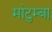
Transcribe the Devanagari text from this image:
मांटुम्बा